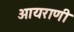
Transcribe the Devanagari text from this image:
आयराणी